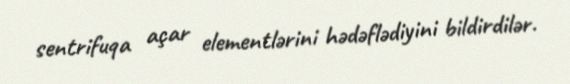
sentrifuqa açar elementlərini hədəflədiyini bildirdilər.